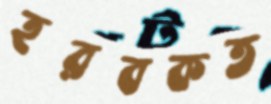
হরবকত